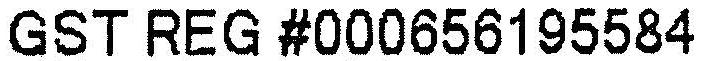
GST REG #000656195584